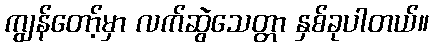
ကျွန်တော့်မှာ လက်ဆွဲသေတ္တာ နှစ်ခုပါတယ်။